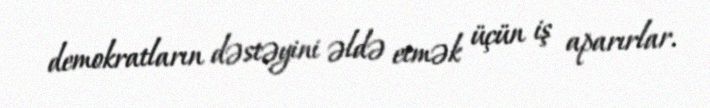
demokratların dəstəyini əldə etmək üçün iş aparırlar.